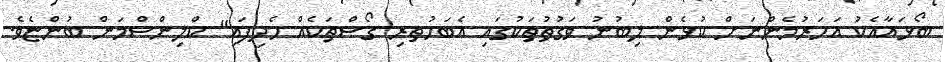
ބޯޅައާއެކު އަހަރުމެންނަށް ކުޅެން ލިބުނު ވަގުތުތަކުގައި އެބަހުތރި ގޯސްތަކެއް ހެދިފައި" ކްލިންސްމަން ބުންޏެވެ.